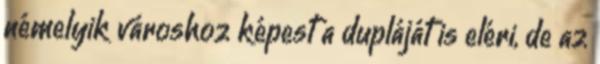
némelyik városhoz képest a dupláját is eléri, de az